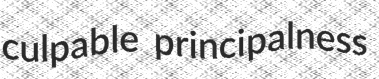
culpable principalness